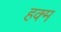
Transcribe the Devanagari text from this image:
हक्म